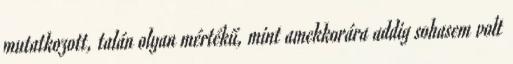
mutatkozott, talán olyan mértékű, mint amekkorára addig sohasem volt